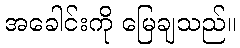
အခေါင်းကို မြေချသည်။